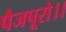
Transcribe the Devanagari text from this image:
पैजपूरो।।